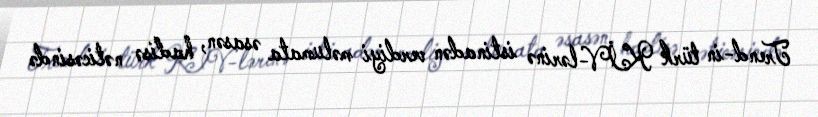
Trend-in türk KİV-lərinə istinadən verdiyi məlumata əsasən, hadisə nəticəsində